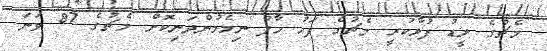
މެޗުގެ ލީޑު ފުޅާކުރީ މެޗުގެ ފަހު ހާފު ނިމެމުންދަނިކޮށް މެޗުގެ 87 ވަނަ